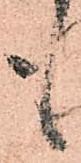
も